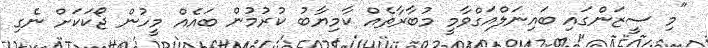
"މި ސީޒަންގައި ބައިނަލްއަގްވާމީ މުބާރާތެއް ކާމިޔާބު ކުރުމުން ބައެއް މީހުން ޖޯކަކަށް ނެގި